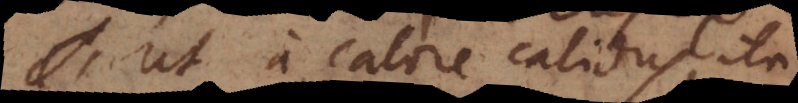
Ut a calore calidus, ita